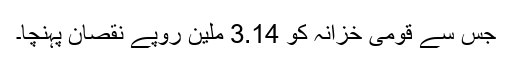
جس سے قومی خزانہ کو 3.14 ملین روپے نقصان پہنچا۔